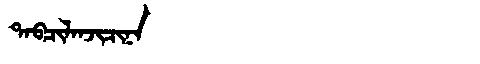
Manchu: ᡨᠠᠪᠴᡳᠯᠠᠨᠵᡳᠴᡳᠨᠠ
Romanization: TABCILANJICINA